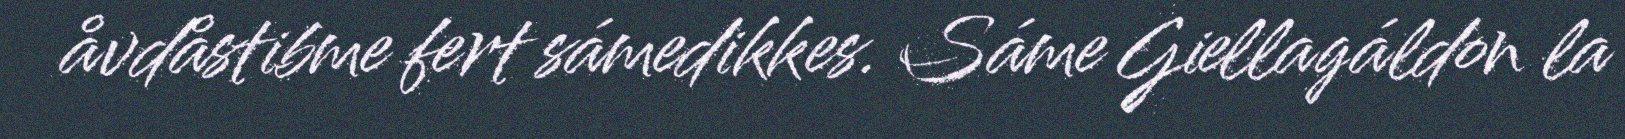
åvdåstibme fert sámedikkes. Sáme Giellagáldon la